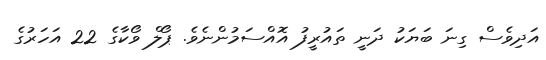
އަދިވެސް ގިނަ ބަޔަކު ދަނީ ތައުރީފު އޮއްސަމުންނެވެ. ޕޯލް ވޯކާގެ 22 އަހަރުގެ